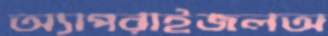
অ্যাপরাইজলঅ